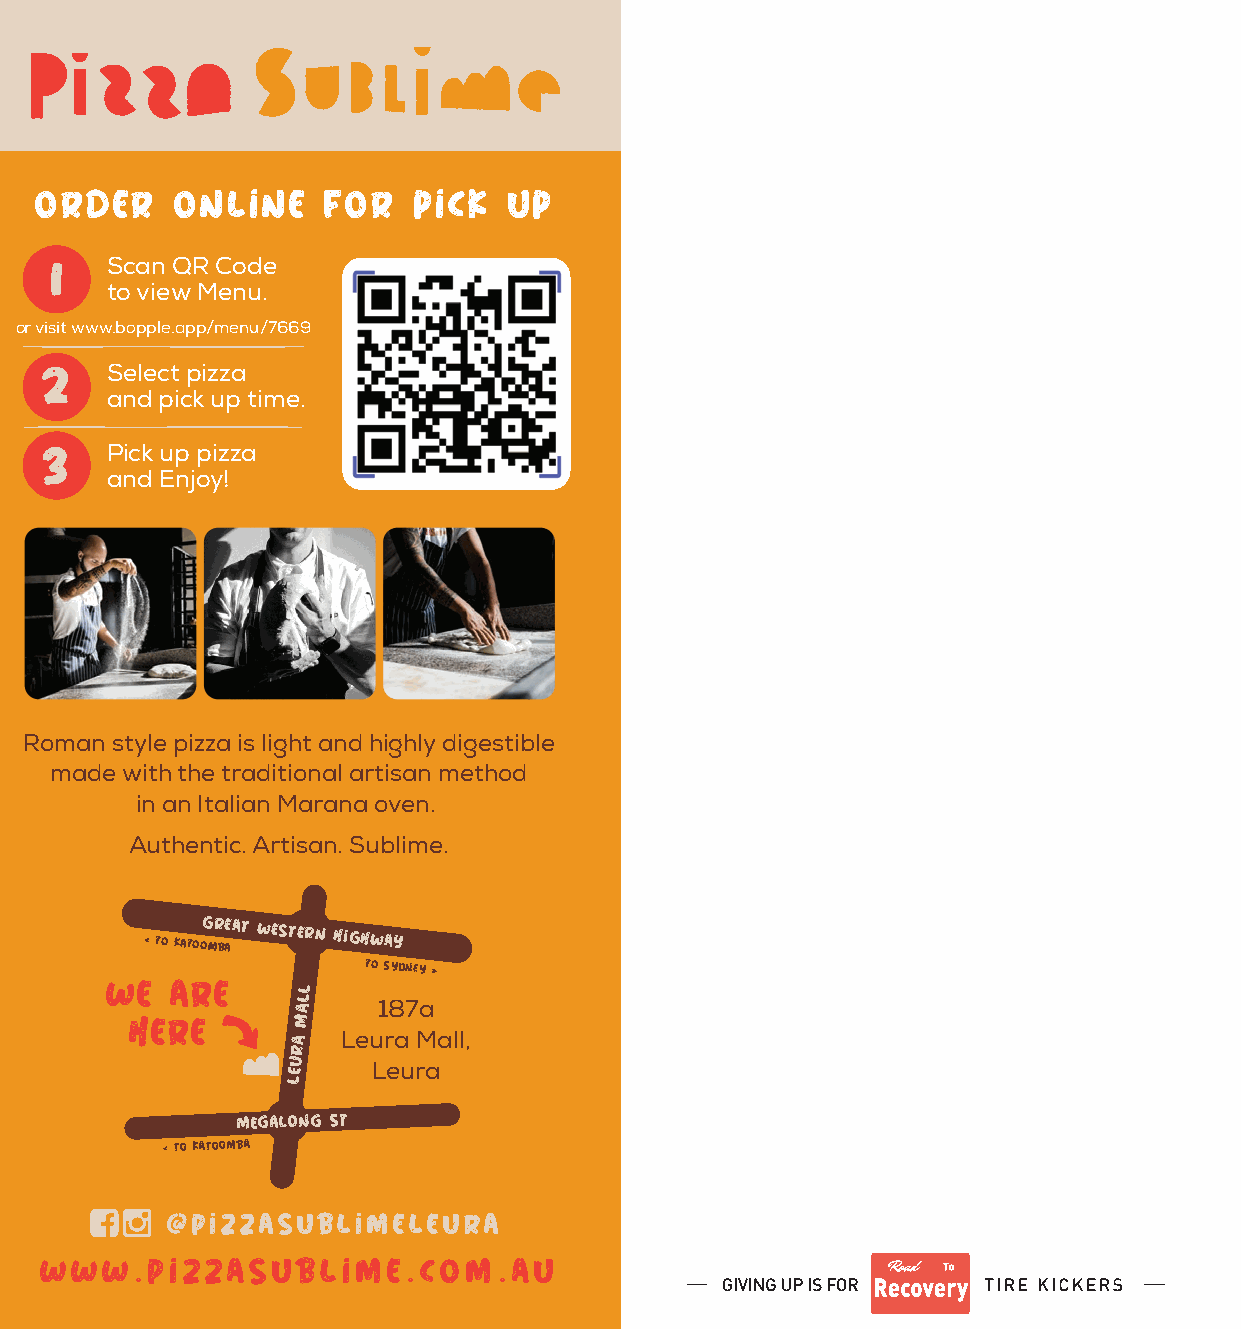
Order    online     for  pick   up
 1
 Scan QR Code
 to view Menu.
 or visit www.bopple.app/menu/7669
 2
 Select pizza
 and pick up time.
 3
 Pick up pizza
 and Enjoy!
 Roman style pizza is light and highly digestible
 made with the traditional artisan method
 in an Italian Marana oven.
 Authentic. Artisan. Sublime.
 < to
 KatooG mR bE aAT Western
 HIGHWAY
 WE  ARE          to Sydney >
 L
 L
 HERE      MA    187a
 A   Leura Mall,
 R
 U
 E     Leura
 L
 MEGALONG St
 < to Katoomba
 @pizzasublimeleura
 www.pizzasublime.com.au